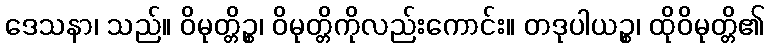
ဒေသနာ၊ သည်။ ဝိမုတ္တိဉ္စ၊ ဝိမုတ္တိကိုလည်းကောင်း။ တဒုပါယဉ္စ၊ ထိုဝိမုတ္တိ၏